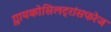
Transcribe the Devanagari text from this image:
ग्लायकोसिलट्रांसफरेज